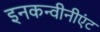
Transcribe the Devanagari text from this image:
इनकन्वीनीएंट